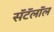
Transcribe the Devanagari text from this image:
सॅटॅलॉल